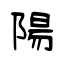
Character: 陽